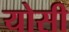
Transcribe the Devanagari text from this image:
योसी